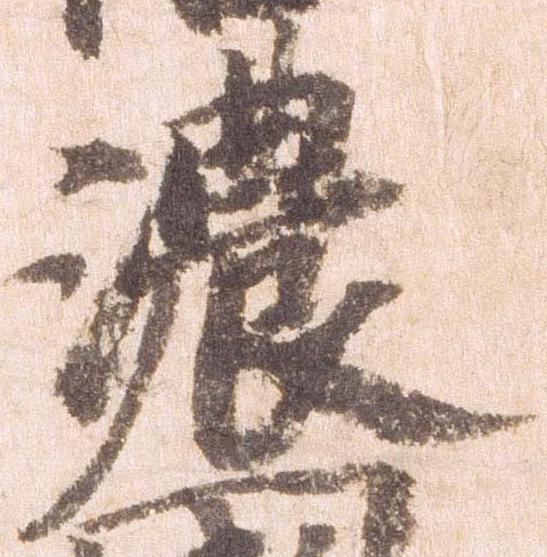
濃